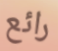
رائع